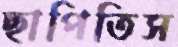
ছাপিতিস